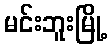
မင်းဘူးမြို့